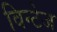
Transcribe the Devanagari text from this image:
विन्टेज